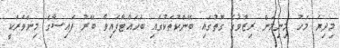
މިދިޔަ މަހު މިނިމަން ރިޒާވުގެ ގޮތުގައި ބޭންކުތަކުގައި ބަހައްޓާފައިވާ ބޭރު ފައިސާގެ މިންވަރަކީ